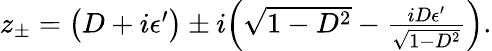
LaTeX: \begin{array}{r}{z_{\pm}=\big(D+i\epsilon^{\prime}\big)\pm i\Big(\sqrt{1-D^{2}}-\frac{iD\epsilon^{\prime}}{\sqrt{1-D^{2}}}\Big).}\end{array}